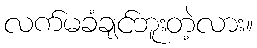
လက်မခံချင်ဘူးတဲ့လား။